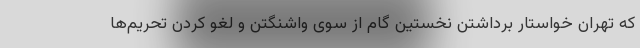
که تهران خواستار برداشتن نخستین گام از سوی واشنگتن و لغو کردن تحریم‌ها